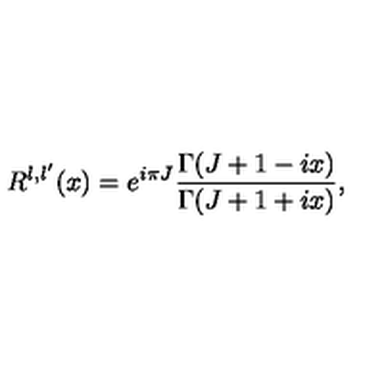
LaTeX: R ^ { l , l ^ { \prime } } ( x ) = e ^ { i \pi J } \frac { \Gamma ( J + 1 - i x ) } { \Gamma ( J + 1 + i x ) } ,